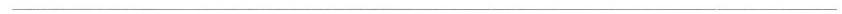
___